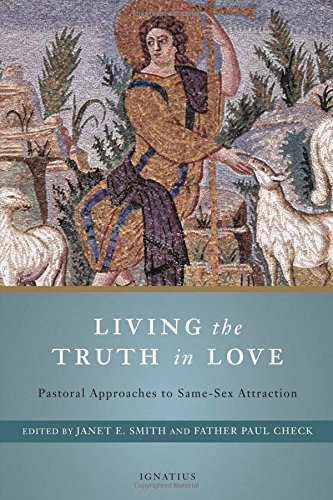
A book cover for Living the Truth in Love: Pastoral Approaches to Same Sex Attraction; Janet E. Smith; Christian Books & Bibles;